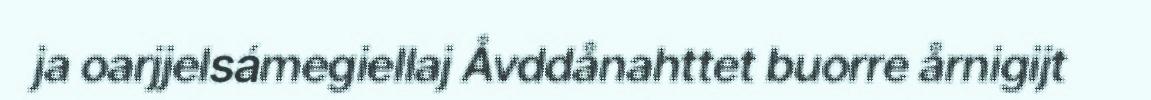
ja oarjjelsámegiellaj Åvddånahttet buorre årnigijt